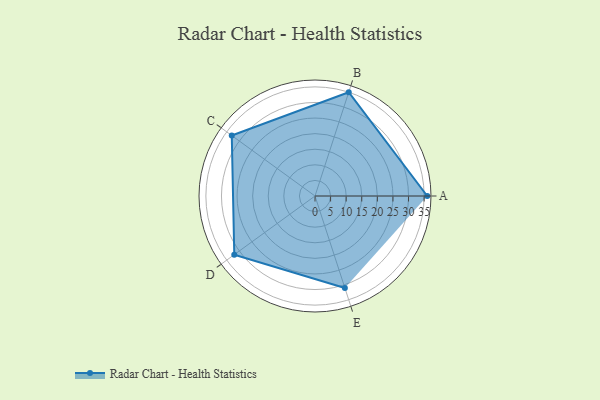
{"axis": {"x": "Skill", "y": "Score"}, "legend": ["Profile"], "data": [{"x": "A", "y": 36.0, "type": "Profile"}, {"x": "B", "y": 35.0, "type": "Profile"}, {"x": "C", "y": 33.0, "type": "Profile"}, {"x": "D", "y": 32.0, "type": "Profile"}, {"x": "E", "y": 31.0, "type": "Profile"}]}